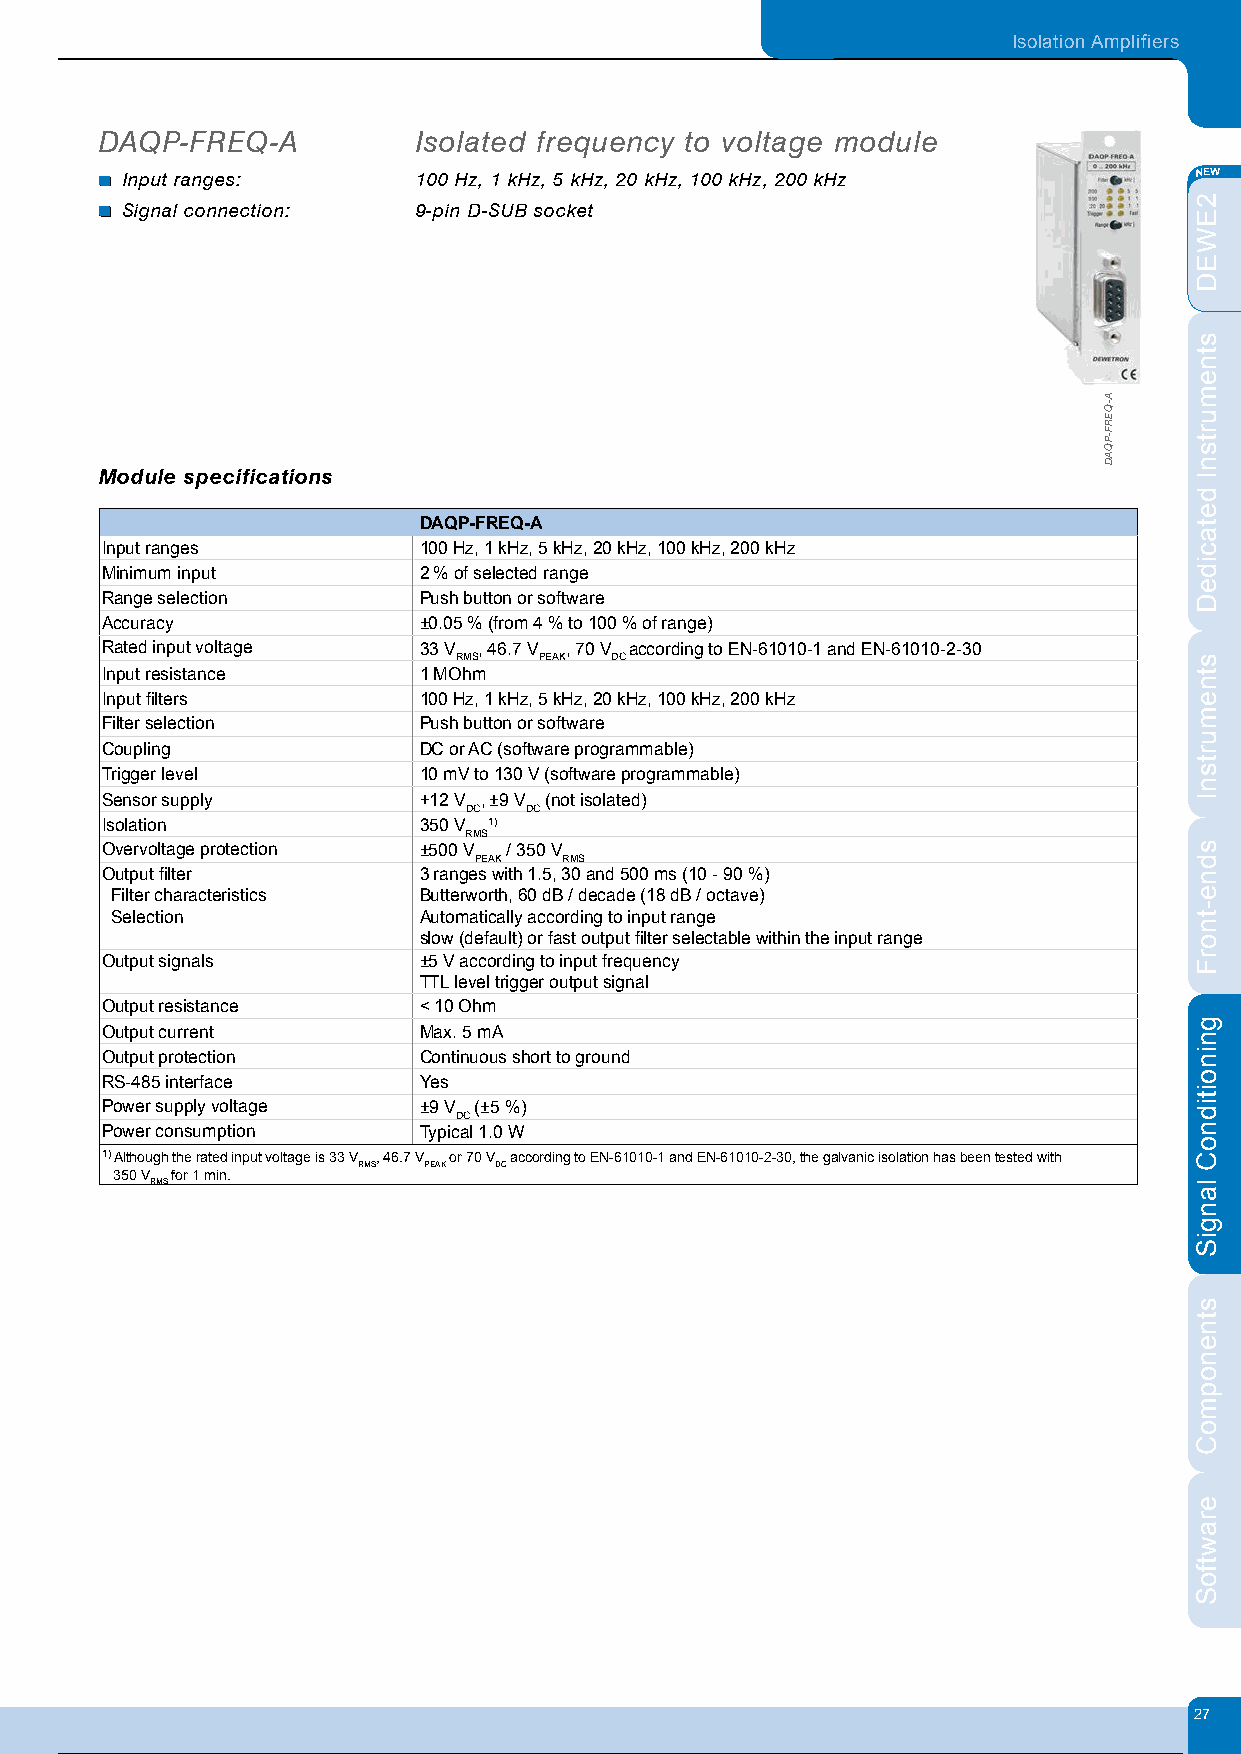
Isolation Amplifiers
 DAQP-FREQ-A         Isolated frequency to voltage module
 Input ranges:       100 Hz, 1 kHz, 5 kHz, 20 kHz, 100 kHz, 200 kHz
 Signal connection:  9-pin D-SUB socket
 Module specifications
 DAQP-FREQ-A
 Input ranges         100 Hz, 1 kHz, 5 kHz, 20 kHz, 100 kHz, 200 kHz
 Minimum input        2 % of selected range
 Range selection      Push button or software
 Accuracy             ±0.05 % (from 4 % to 100 % of range)
 Rated input voltage  33 V , 46.7 V , 70 V according to EN-61010-1 and EN-61010-2-30
 RMS   PEAK DC
 Input resistance     1 MOhm
 Input fi lters       100 Hz, 1 kHz, 5 kHz, 20 kHz, 100 kHz, 200 kHz
 Filter selection     Push button or software
 Coupling             DC or AC (software programmable)
 Trigger level        10 mV to 130 V (software programmable)
 Sensor supply        +12 V , ±9 V (not isolated)
 DC  DC
 Isolation            350 V 1)
 RMS
 Overvoltage protection ±500 V / 350 V
 PEAK  RMS
 Output fi lter       3 ranges with 1.5, 30 and 500 ms (10 - 90 %)
 Filter characteristics Butterworth, 60 dB / decade (18 dB / octave)
 Selection            Automatically according to input range
 slow (default) or fast output fi lter selectable within the input range
 Output signals       ±5 V according to input frequency
 TTL level trigger output signal
 Output resistance    < 10 Ohm
 Output current       Max. 5 mA
 Output protection    Continuous short to ground
 RS-485 interface     Yes
 Power supply voltage ±9 V (±5 %)
 DC
 Power consumption    Typical 1.0 W
 1) Although the rated input voltage is 33 V , 46.7 V or 70 V according to EN-61010-1 and EN-61010-2-30, the galvanic isolation has been tested with
 RMS PEAK DC
 350 V for 1 min.
 RMS
 27
 Powered by TCPDF (www.tcpdf.org)
 1 / 1
 A-QERF-PQAD
 2EWED
 stnemurtsnI
 detacideD
 stnemurtsnI
 sdne-tnorF
 gninoitidnoC
 langiS
 stnenopmoC
 erawtfoS